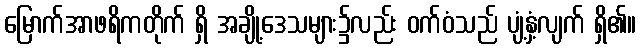
မြောက်အာဖရိကတိုက် ရှိ အချို့ဒေသများ၌လည်း ဝက်ဝံသည် ပျံ့နှံ့လျက် ရှိ၏။